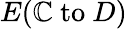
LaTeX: E(\mathbb{C}{\mathrm{{~to~}}}D)